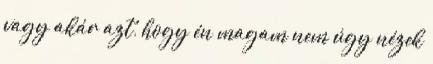
vagy akár azt, hogy én magam nem úgy nézek